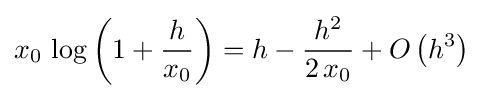
x_{0}\,\log \left(1+{\frac {h}{x_{0}}}\right)=h-{\frac {h^{2}}{2\,x_{0}}}+O\left(h^{3}\right)